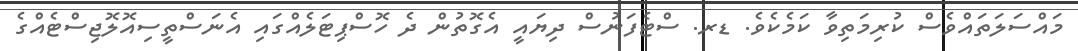
މައްސަލަތައްވެސް ކުރިމަތިވާ ކަމެކެވެ. ޑރ. ސްޓެފަނުސް ދިޔައީ އެގޮތުން ދެ ހޮސްޕިޓަލެއްގައި އެނަސްތީސިއޮލޮޖިސްޓެއްގެ